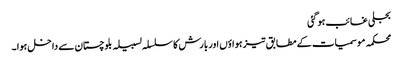
بجلی غائب ہو گئی
محکمہ موسمیات کے مطابق تیز ہواؤں اور بارش کا سلسلہ لسبیلہ بلوچستان سے داخل ہوا ۔